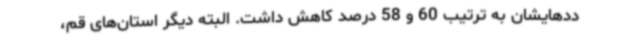
ددهایشان به ترتیب 60 و 58 درصد کاهش داشت. البته دیگر استان‌های قم،